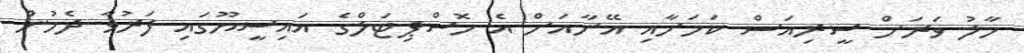
ހާލު ވަރަށް ސީރިއަސް ކަމަށާއި އޭނާއަށް އެ ހޮސްޕިޓަލްގެ އައިސީޔޫގައި ފަރުވާ ދެމުން